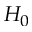
H _ { 0 }